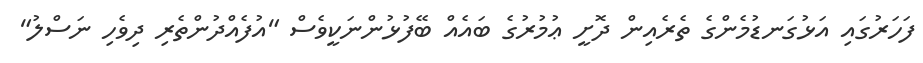
ފަހަރުގައި އަޅުގަނޑުމެންގެ ތެރެއިން ދޮށީ ޢުމުރުގެ ބައެއް ބޭފުޅުންނަކީވެސް "އުފެއްދުންތެރި ދިވެހި ނަސްލު"